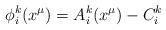
LaTeX: \begin{align*}\phi_{i}^{k}(x^{\mu})=A_{i}^{k}(x^{\mu})-C_{i}^{k}\end{align*}